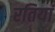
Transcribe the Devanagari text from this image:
रतियां